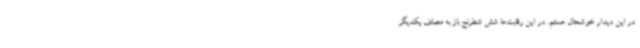
در این دیدار خوشحال هستم. در این رقابت‌ها شش شطرنج باز به مصاف یکدیگر